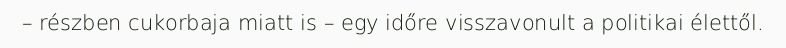
– részben cukorbaja miatt is – egy időre visszavonult a politikai élettől.